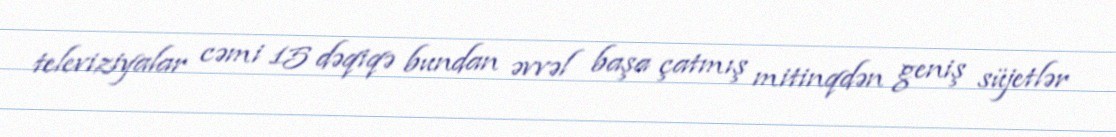
televiziyalar cəmi 15 dəqiqə bundan əvvəl başa çatmış mitinqdən geniş süjetlər